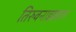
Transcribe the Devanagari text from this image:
तिरुवनाइक्कवल